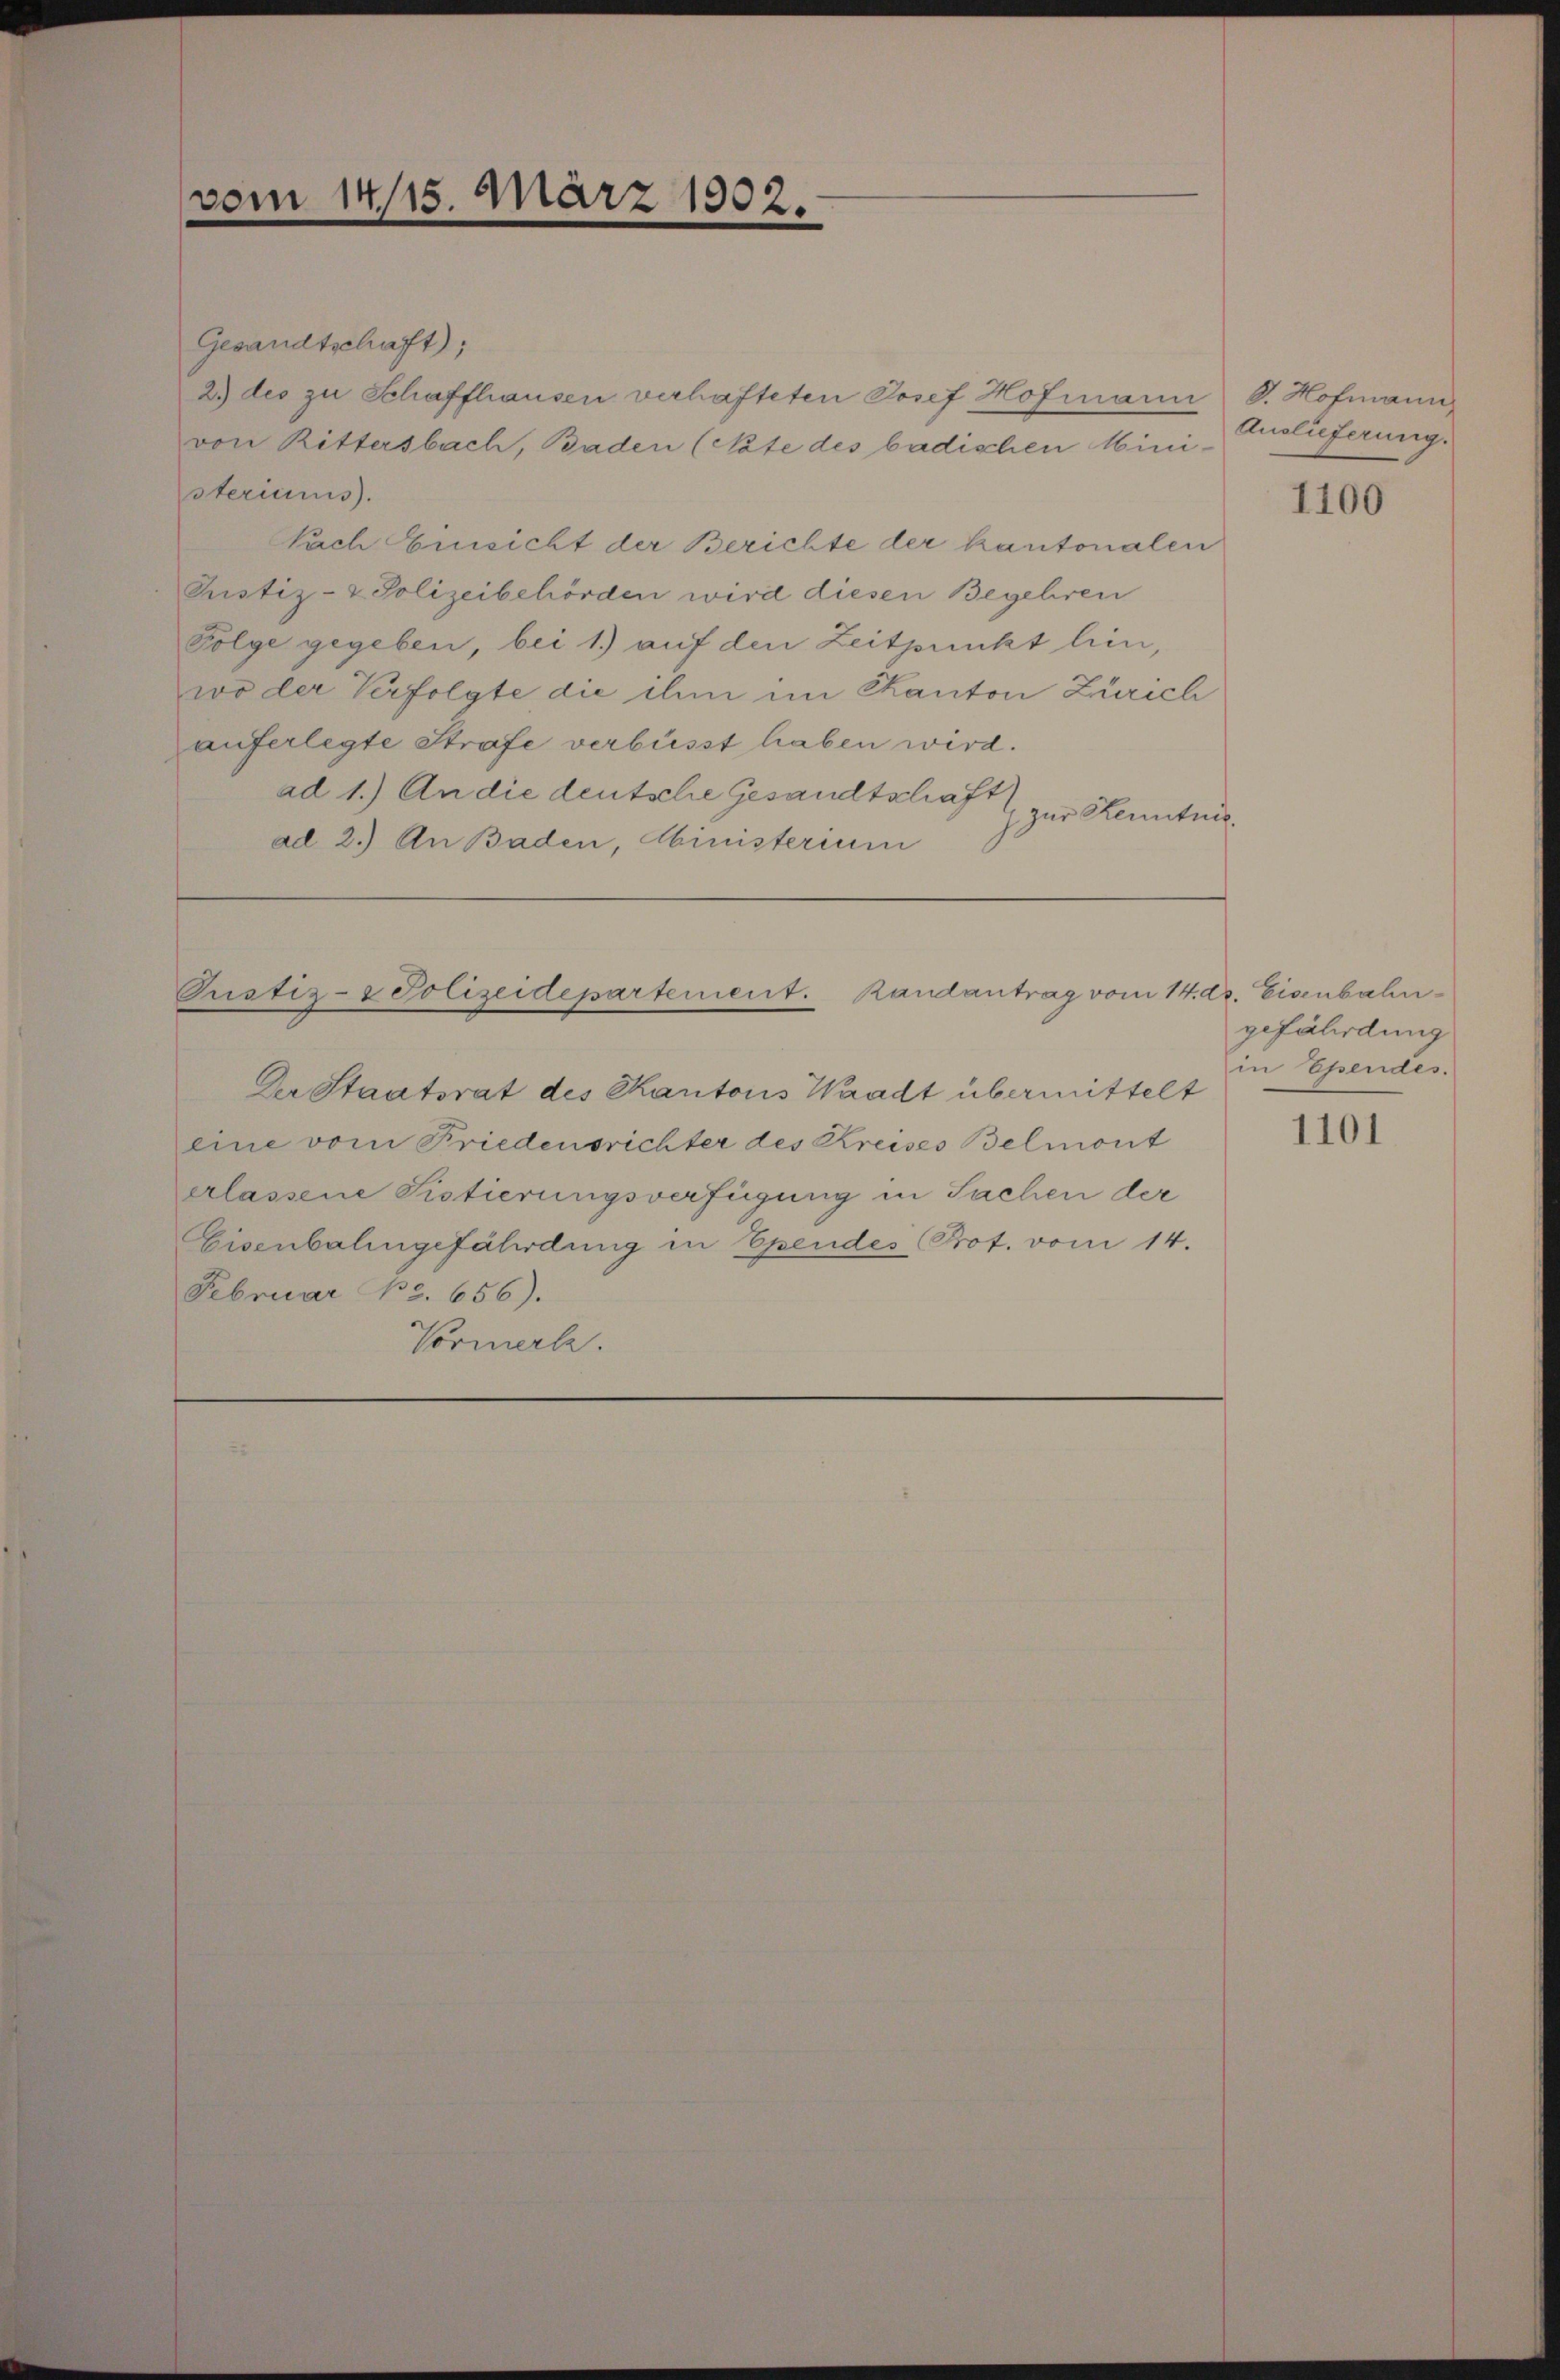
vom 14.15. März 1902.

Gesandtschaft);
2) des zu Schaffhausen verhafteten Josef Hofmann S. Hofmann,
von Rittersbach, Baden (Note des badischen Mini-
steriums.
Nach Einsicht der Berichte der kantonalen
Justiz- & Polizeibehörden wird diesen Begehren
Folge gegeben, bei 1) auf den Zeitpunkt hin,
wo der Verfolgte die ihm im Skanton Zürich
auferlegte Strafe verbüsst haben wird.
ad 1.) An die deutsche Gesandtschaft
j zur Kenntnis.
ad 2.) An Baden, Ministerium

Justiz- & Polizeidepartement. Randantrag vom 14. ds. Eisenbahn¬

Der Staatsrat des Kantons Waadt übermittelt
eine vom Friedensrichter des Kreises Belmont
erlassene Fistierungsverfügung in Sachen der
Eisenbalingefährdung in Ependes Prot. vom 14.
Februar No 3. 656).
Vormerke.

Auslieferung.

1100

gefährdung
in Ependes.

1101